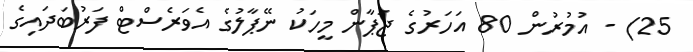
25) - އުމުރުން 80 އަހަރުގެ ޖަޕާން މީހަކު ނޭޕާލުގެ އެވަރެސްޓް ފަރުބަދައިގެ